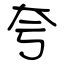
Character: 夸